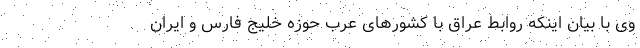
وی با بیان اینکه روابط عراق با کشورهای عرب حوزه خلیج فارس و ایران